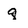
Character: q